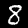
Digit: 8